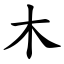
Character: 木